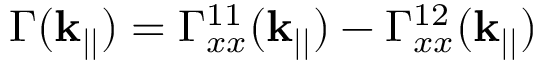
\Gamma ( \mathbf { k } _ { | | } ) = \Gamma _ { x x } ^ { 1 1 } ( \mathbf { k } _ { | | } ) - \Gamma _ { x x } ^ { 1 2 } ( \mathbf { k } _ { | | } )